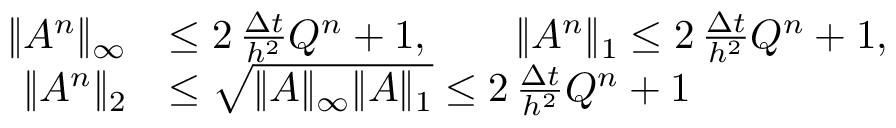
\begin{array} { r l } { \| A ^ { n } \| _ { \infty } } & { \leq 2 \, \frac { \Delta t } { h ^ { 2 } } Q ^ { n } + 1 , \qquad \| A ^ { n } \| _ { 1 } \leq 2 \, \frac { \Delta t } { h ^ { 2 } } Q ^ { n } + 1 , } \\ { \| A ^ { n } \| _ { 2 } } & { \leq \sqrt { \| A \| _ { \infty } \| A \| _ { 1 } } \leq 2 \, \frac { \Delta t } { h ^ { 2 } } Q ^ { n } + 1 } \end{array}